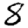
Digit: 8